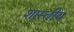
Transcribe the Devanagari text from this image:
शास्तीय